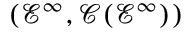
( { \mathcal { E } } ^ { \infty } , { \mathcal { C } } ( { \mathcal { E } } ^ { \infty } ) )